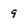
Character: 9